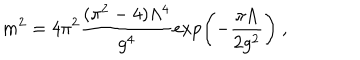
LaTeX: { m ^ { 2 } = { 4 \pi ^ { 2 } } \frac { ( \pi ^ { 2 } - 4 ) \Lambda ^ { 4 } } { g ^ { 4 } } \exp \left( - \frac { \pi \Lambda } { 2 g ^ { 2 } } \right) } \ ,